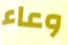
وعاء